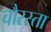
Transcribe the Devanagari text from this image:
चौरस्ता